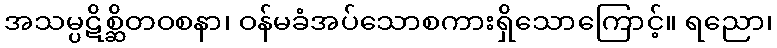
အသမ္ပဋိစ္ဆိတဝစနာ၊ ဝန်မခံအပ်သောစကားရှိသောကြောင့်။ ရညော၊